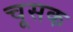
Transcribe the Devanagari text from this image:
चूसक